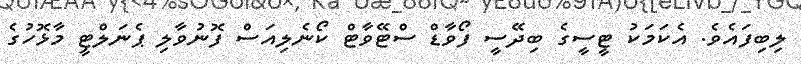
ލިބިފައެވެ. އެކަމަކު ޓީސީގެ ބިދޭސީ ފޯވާޑް ސްޓޭވާޓް ކޯނެލިއަސް ފޮނުވާލި ޕެނަލްޓީ މާޅޮހުގެ